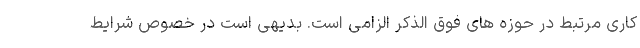
کاری مرتبط در حوزه های فوق الذکر الزامی است. بدیهی است در خصوص شرایط